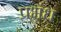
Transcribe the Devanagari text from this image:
प्रभंध